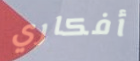
أفكاري